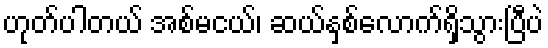
ဟုတ်ပါတယ် အစ်မငယ်၊ ဆယ်နှစ်လောက်ရှိသွားပြီပဲ